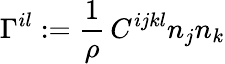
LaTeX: \Gamma^{il}:=\frac 1\rho\, C^{ijkl}n_{j}n_{k}